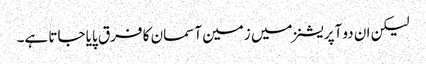
لیکن ان دو آپریشنز میں زمین آسمان کا فرق پایا جاتا ہے۔